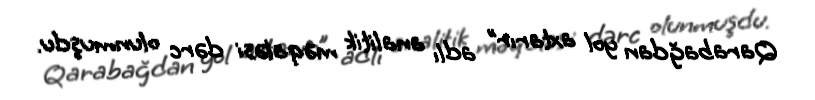
Qarabağdan yol axtarır” adlı analitik məqaləsi dərc olunmuşdu.